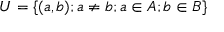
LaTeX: U = \{ ( a , b ) ; a \neq b ; a \in A ; b \in B \}